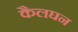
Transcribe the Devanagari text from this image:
कैलघन